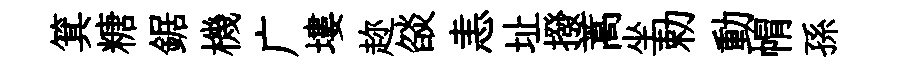
箕糖鋸機广塿趂燄恚址撥蒿坐勅動㡌孫